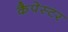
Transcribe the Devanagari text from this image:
कैपेस्टर